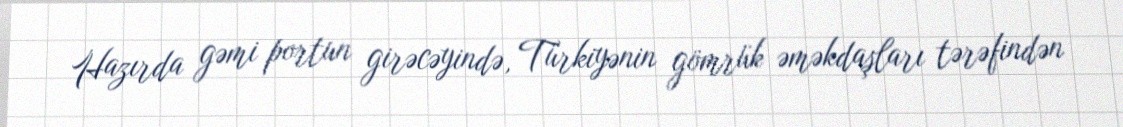
Hazırda gəmi portun girəcəyində, Türkiyənin gömrük əməkdaşları tərəfindən